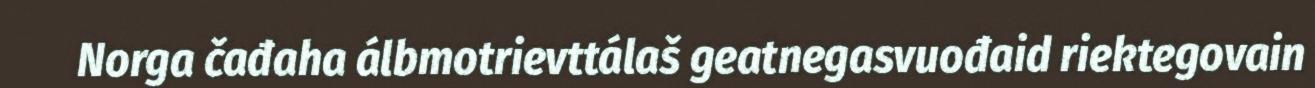
Norga čađaha álbmotrievttálaš geatnegasvuođaid riektegovain